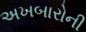
અખબારોની